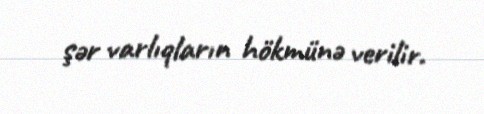
şər varlıqların hökmünə verilir.